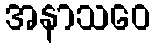
အနာသဝေ